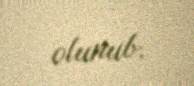
olunub.